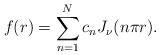
LaTeX: \begin{align*} f(r) = \sum_{n=1}^N c_n J_\nu(n\pi r). \end{align*}